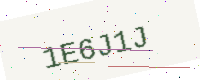
Text: 1E6J1J